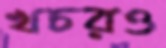
খচরও